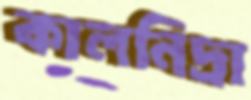
কালনিদ্রা